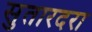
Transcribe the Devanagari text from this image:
सुतारदरा